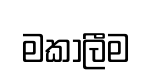
මකාලීම